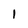
Character: 1